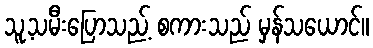
သူ့သမီးပြောသည့် စကားသည် မှန်သယောင်။